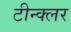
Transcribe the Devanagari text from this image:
टीन्क्लर